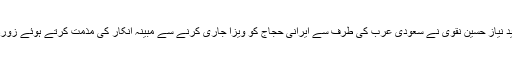
لاہور (جی پی آئی) وفاق المدارس الشیعہ پاکستان اور ملی یکجہتی کونسل کے مرکزی نائب صدر علامہ سید نیاز حسین نقوی نے سعودی عرب کی طرف سے ایرانی حجاج کو ویزا جاری کرنے سے مبینہ انکار کی مذمت کرتے ہوئے زوردیا ہے کہ دونوں ممالک کے کشیدہ سفارتی تعلقات کو فریضہ حج کی ادائیگی میں رکاوٹ نہیں بننا چاہیے۔